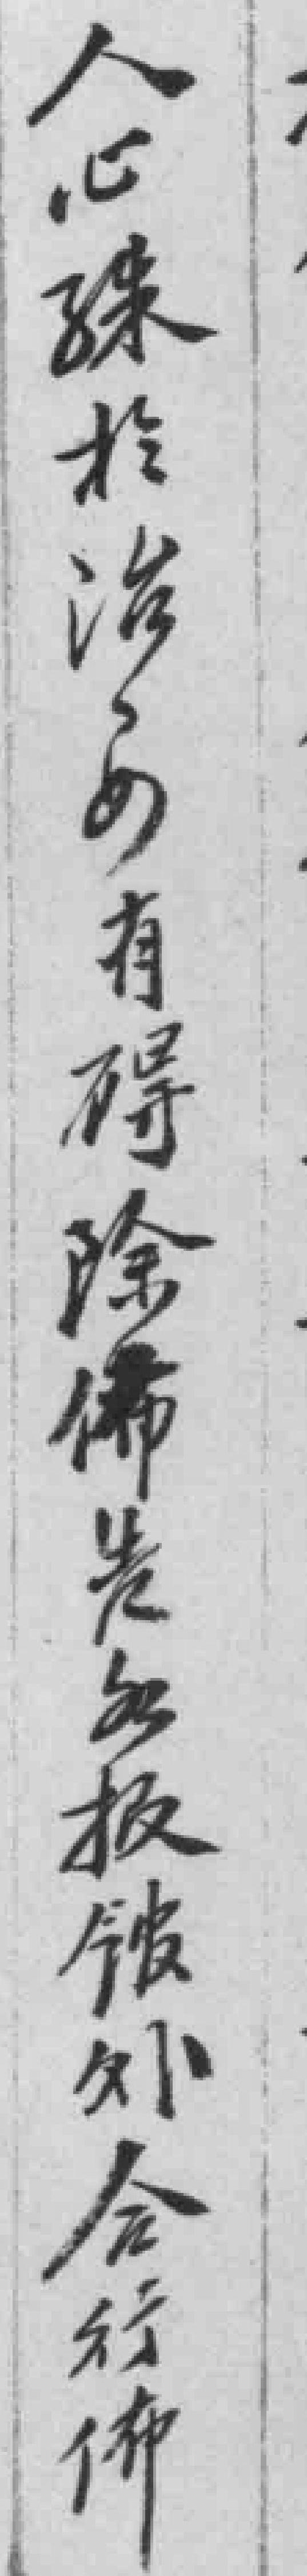
人心殊於治安有碍除佈告*館外合行佈